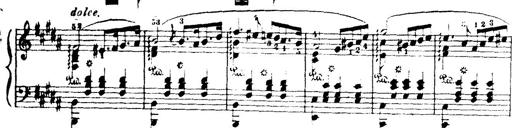
Title: Wagner-Liszt Album
Composer: Franz Liszt